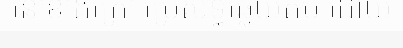
នៅខាងក្រៅ ប្រើសិទ្ធឆ្លើយតប ដោយ